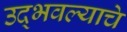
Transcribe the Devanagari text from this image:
उद्भवल्याचे